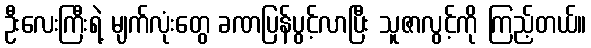
ဦးလေးကြီးရဲ့ မျက်လုံးတွေ ခဏပြန်ပွင့်လာပြီး သူဇာလွင့်ကို ကြည့်တယ်။